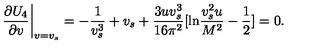
\left. \frac { \partial U _ { 4 } } { \partial v } \right| _ { v = v _ { s } } = - \frac { 1 } { v _ { s } ^ { 3 } } + v _ { s } + \frac { 3 u v _ { s } ^ { 3 } } { 1 6 \pi ^ { 2 } } [ \mathrm { l n } \frac { v _ { s } ^ { 2 } u } { M ^ { 2 } } - \frac { 1 } { 2 } ] = 0 .